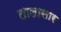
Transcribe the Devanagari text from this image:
लालासार